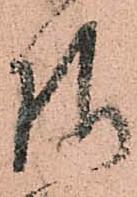
様